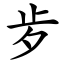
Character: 㱑